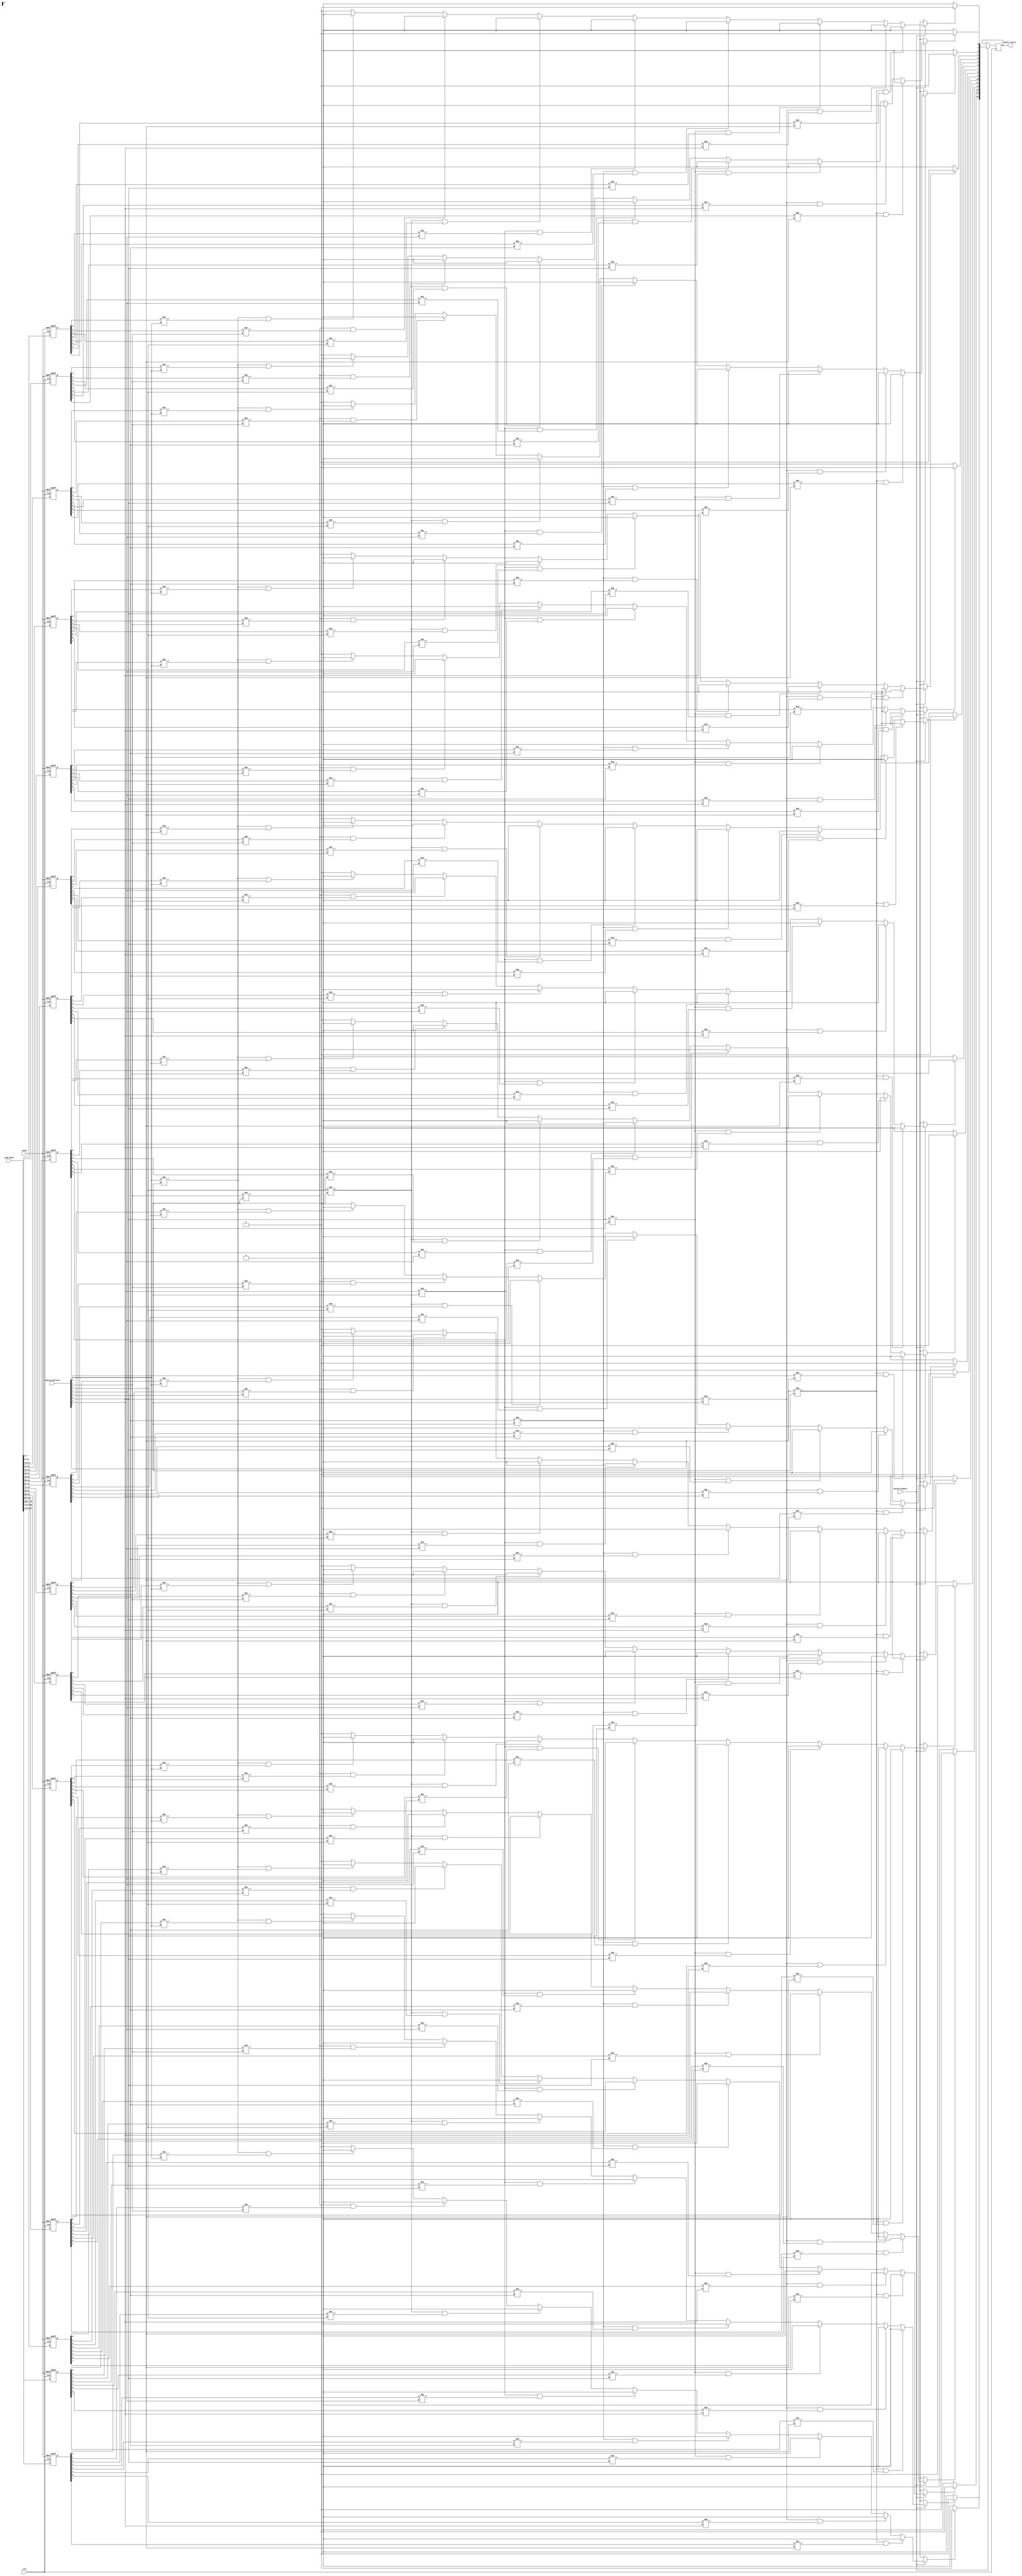
module tcam_io_block #(
    parameter NUM_ROWS = 16,  // Number of entries in TCAM
    parameter WIDTH = 8        // Width of each entry in bits
)(
    input wire clk,
    input wire reset,
    input wire [WIDTH-1:0] search_pattern, // Input search pattern
    input wire [NUM_ROWS*WIDTH-1:0] tcam_data, // TCAM data (rows concatenated)
    input wire search_enable,
    output reg [NUM_ROWS-1:0] match_result // Match result (1 for match, 0 for no match)
);

// Internal signals
reg [WIDTH-1:0] tcam_array [0:NUM_ROWS-1]; // TCAM memory array
reg [NUM_ROWS-1:0] temp_match_result; // Temporary match result
integer i;

// Initialize TCAM memory
always @(posedge clk or posedge reset) begin
    if (reset) begin
        for (i = 0; i < NUM_ROWS; i = i + 1) begin
            tcam_array[i] <= {WIDTH{1'b0}}; // Initialize to 0
        end
    end else begin
        // Load TCAM data from external input (for simplicity)
        for (i = 0; i < NUM_ROWS; i = i + 1) begin
            tcam_array[i] <= tcam_data[(i+1)*WIDTH-1 -: WIDTH];
        end
    end
end

// Search logic
always @(posedge clk) begin
    if (search_enable) begin
        temp_match_result = 0; // Clear temporary match result
        for (i = 0; i < NUM_ROWS; i = i + 1) begin
            if (match(tcam_array[i], search_pattern)) begin
                temp_match_result[i] = 1'b1; // Mark match
            end
        end
        match_result <= temp_match_result; // Update match result
    end
end

// Ternary match function
function match;
    input [WIDTH-1:0] tcam_entry;
    input [WIDTH-1:0] pattern;
    integer j;
    begin
        match = 1; // Assume match
        for (j = 0; j < WIDTH; j = j + 1) begin
            if (pattern[j] != 2'bX && (tcam_entry[j] != pattern[j])) begin
                match = 0; // Not a match
            end
        end
    end
endfunction

endmodule